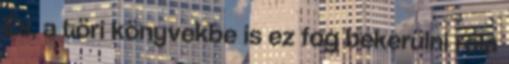
És, a töri könyvekbe is ez fog bekerülni róla